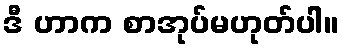
ဒီ ဟာက စာအုပ်မဟုတ်ပါ။